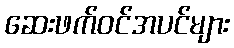
ဆေးဖက်ဝင်အပင်များ